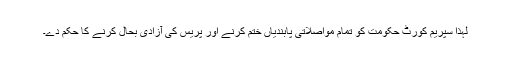
لہذا سپریم کورٹ حکومت کو تمام مواصلاتی پابندیاں ختم کرنے اور پریس کی آزادی بحال کرنے کا حکم دے۔